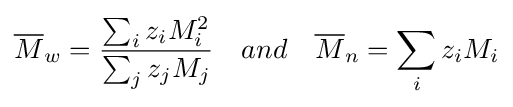
{\overline {M}}_{w}={\frac {\sum _{i}z_{i}M_{i}^{2}}{\sum _{j}z_{j}M_{j}}}\quad and\quad {\overline {M}}_{n}=\sum _{i}z_{i}M_{i}